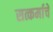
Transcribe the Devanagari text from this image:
सत्कर्माचे